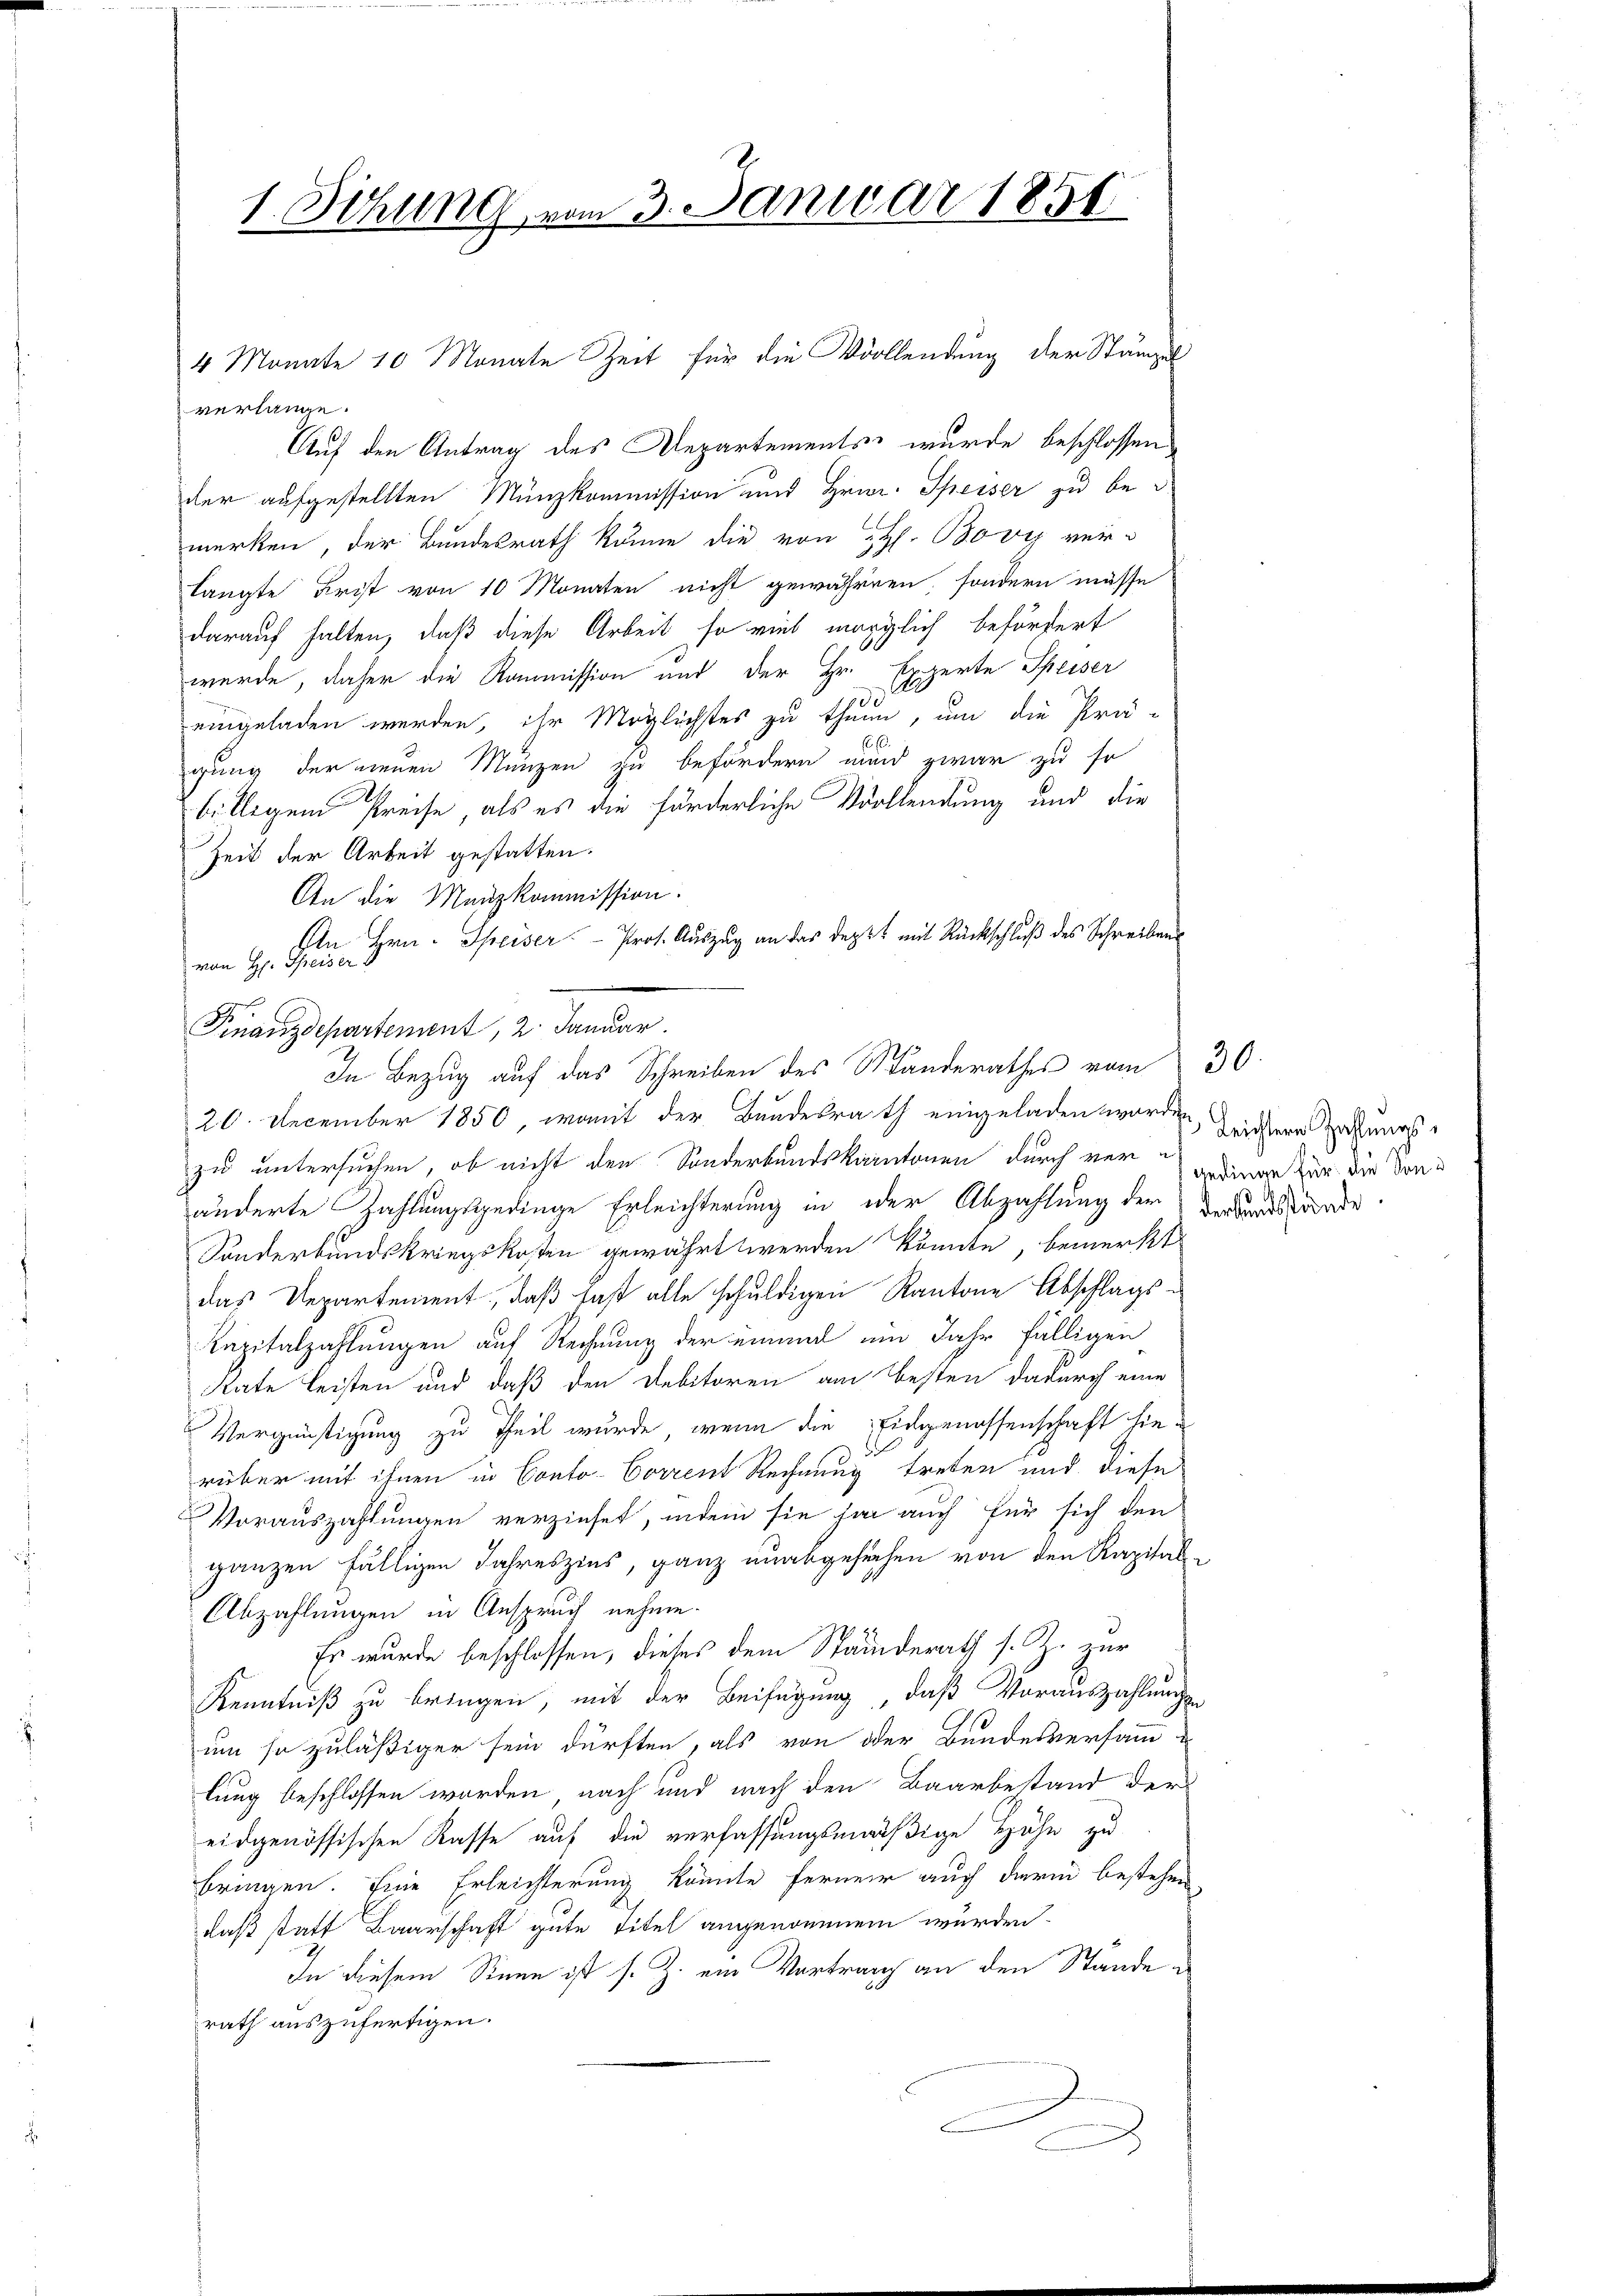
1. Sitzung vom 3. Januar 1858

4 Monate 10 Monate Zeit für die Viollendung der Stämpel
verlange.
Auf den Antrag des Departements, wurde beschlossen
der aufgestellten Münzkommission und Hrn. Speiser zu bemerken, der Bundesrath könne die von H. Bovy verlangte Frist von 10 Monaten nicht gewähren, sondern müsse
darauf halten, daß diese Arbeit so viel möglich befördert
werde, daher die Kommission und der Hr. Experte Speiser
10
eingeladen werden, ihr Möglichstes zu thun, um die Prä-
6
gung der neuen Münzen zu befördern und zwar zu so
billigem Preise, als es die förderliche Vollendung und die
Zeit der Arbeit gestatten.
An die Manzkommission.
An Hrn. Speiser Prof. Auszug an das Depot mit Rückschluß des Schreibens
von H. Speiser
Finanzdepartement, 2. Januar.
20. December 1850, womit der Bundesrath eingeladen worden, densere Haftungszu untersuchen, ob nicht den Sonderbundskantonen durch veränderte Zahlungsgedinge Erleichterung in oder Abzahlung der der Landsgrade
Sonderbundskriegskosten gewährt werden könnte, bemerkt
das Departement, daß fast alle schuldigen Kantone Abschlags¬
Kapitalzahlungen auf Rechnung der einand um Jahr fälligen
Rate leisten und daß den Debitoren am Besten dadurch eine
Vergünstigung zu Theil wurde, wenn die Eidgenossenschaft hie-
rüber mit ihnen in Conto- Corrent Rechnung treten und diese
Vorauszahlungen verziehet, indem sie sa auch für sich den
ganzen fälligen Jahreszins, ganz unabgesuchen von den Kapital¬
Abzahlungen in Anspruch nehme.
Es wurde beschlossen, dieses dem Ständerath s. Z. zur
Kenntniß zu bringen, mit der Beifügung, daß Vorauszahlungen
um so zuläßiger sein dürften, als von oder Bundesversamm-
lung beschlossen worden nach und nach den Baarbestand der
eidgenössischen Kasse auf die verlassungsmäßige Höhe zu
bringen. Eine Erleichterung könnte ferner auch darin bestehen
daß statt Baarschaft gute Titel angenommen würden.
In diesem Sinne ist s. Z. ein Vortrag an den Stände
rath auszufertigen.
A

In Bezug auf das Schreiben des Standerathes vom 30.

gedinge für die Son¬